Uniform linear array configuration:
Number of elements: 48
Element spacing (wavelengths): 0.75
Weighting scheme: blackman
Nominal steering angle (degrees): -30
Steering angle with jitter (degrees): -29.497
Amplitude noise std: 0.05
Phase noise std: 0.05

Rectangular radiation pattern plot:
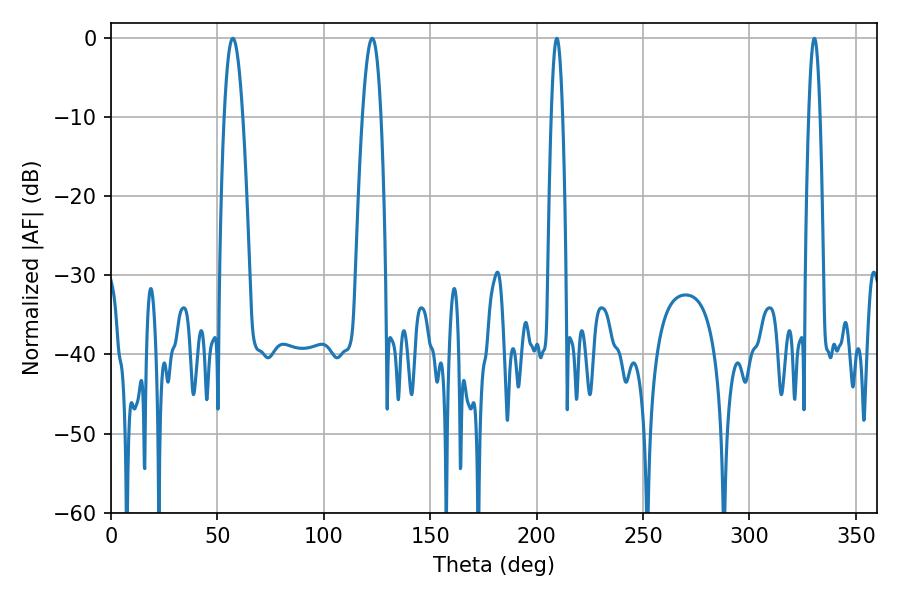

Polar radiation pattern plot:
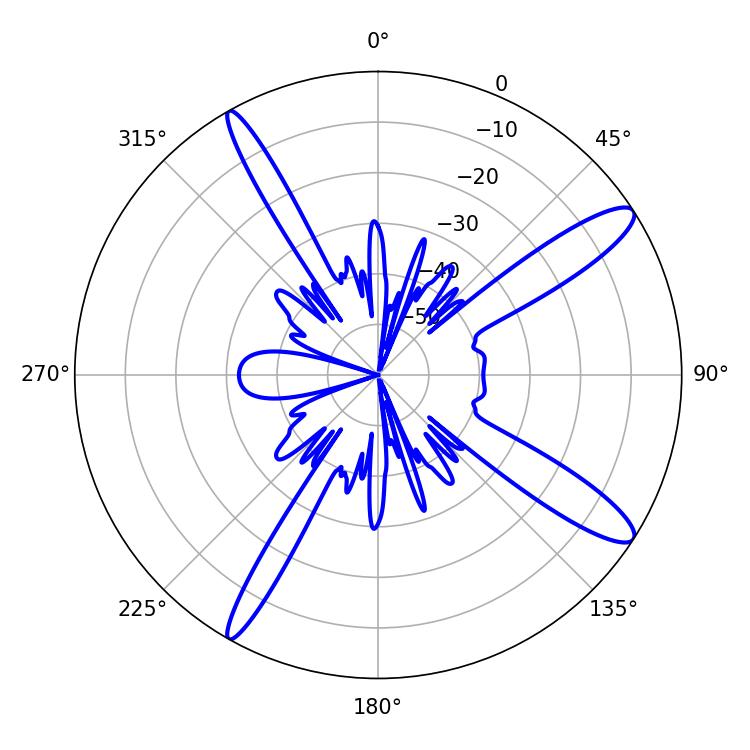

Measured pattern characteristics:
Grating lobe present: TRUE
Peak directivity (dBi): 13.124
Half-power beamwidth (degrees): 4.86
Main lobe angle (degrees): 122.76